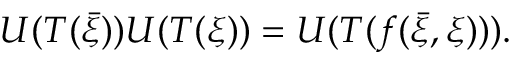
U ( T ( { \bar { \xi } } ) ) U ( T ( \xi ) ) = U ( T ( f ( { \bar { \xi } } , \xi ) ) ) .